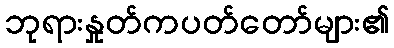
ဘုရားနှုတ်ကပတ်တော်များ၏